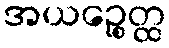
အယဉ္စေတ္ထ